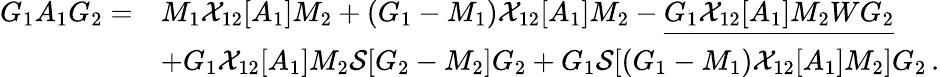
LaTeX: \begin{array}{rl}{G_{1}A_{1}G_{2}=}&{M_{1}\mathcal{X}_{12}[A_{1}]M_{2}+(G_{1}-M_{1})\mathcal{X}_{12}[A_{1}]M_{2}-\underline{{G_{1}\mathcal{X}_{12}[A_{1}]M_{2}WG_{2}}}}\\ &{+G_{1}\mathcal{X}_{12}[A_{1}]M_{2}\mathcal{S}[G_{2}-M_{2}]G_{2}+G_{1}\mathcal{S}[(G_{1}-M_{1})\mathcal{X}_{12}[A_{1}]M_{2}]G_{2}\, .}\end{array}